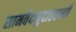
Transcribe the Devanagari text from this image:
सामवेदमुदाहरन्तीं